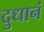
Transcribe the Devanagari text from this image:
दुधानं